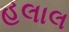
હલાલ